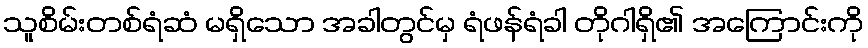
သူစိမ်းတစ်ရံဆံ မရှိသော အခါတွင်မှ ရံဖန်ရံခါ တိုဂါရှိ၏ အကြောင်းကို